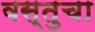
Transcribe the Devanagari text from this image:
वस्तुचा